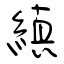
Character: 縝